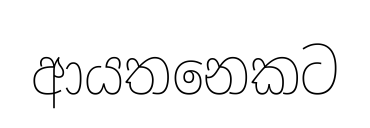
ආයතනෙකට